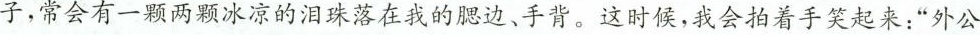
子，常会有一颗两颗冰凉的泪珠落在我的腮边、手背。这时候，我会拍着手笑起来：”外公